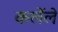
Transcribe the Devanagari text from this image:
कर्लेले